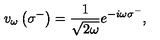
v _ { \omega } \left( \sigma ^ { - } \right) = { \frac { 1 } { \sqrt { 2 \omega } } } e ^ { - i \omega \sigma ^ { - } } ,